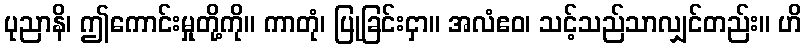
ပုညာနိ၊ ဤကောင်းမှုတို့ကို။ ကာတုံ၊ ပြုခြင်းငှာ။ အလံဧဝ၊ သင့်သည်သာလျှင်တည်း။ ဟိ